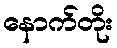
နောက်တိုး